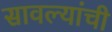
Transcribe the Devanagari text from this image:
सावल्यांची